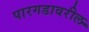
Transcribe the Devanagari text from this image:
पारगडावरील